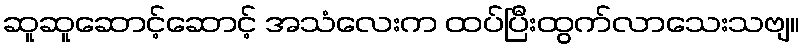
ဆူဆူဆောင့်ဆောင့် အသံလေးက ထပ်ပြီးထွက်လာသေးသဗျ။